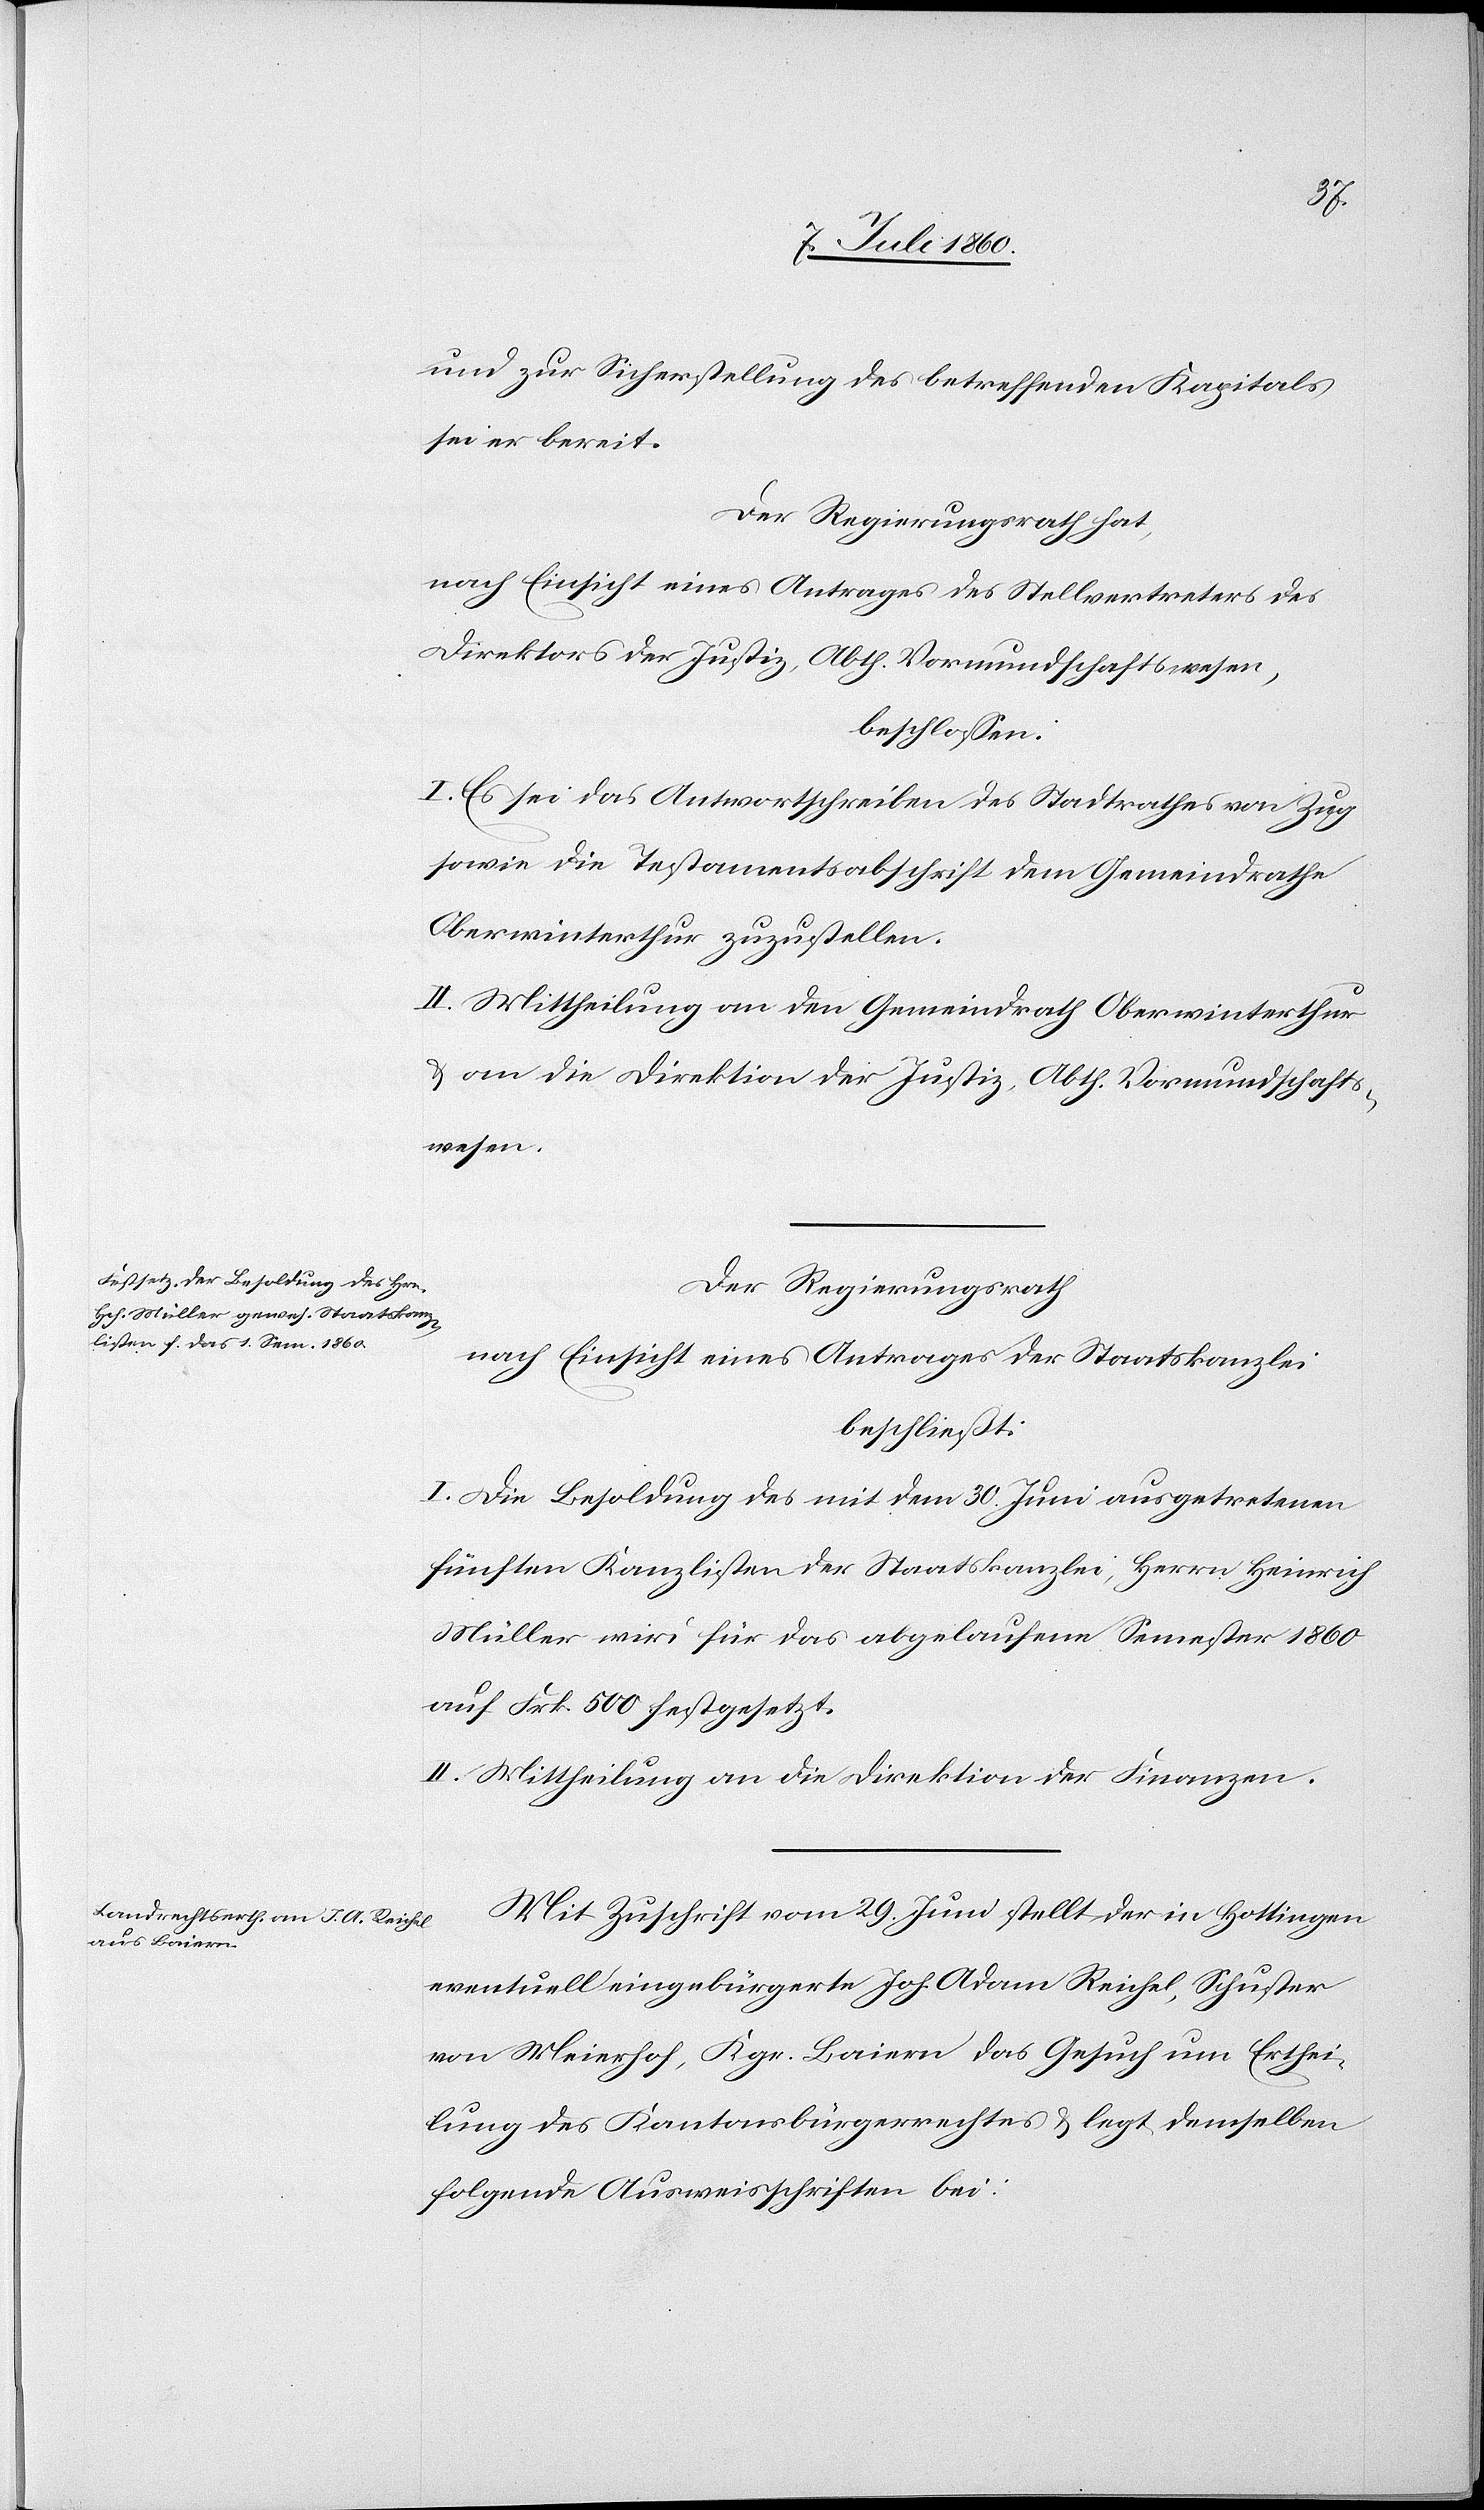
und zur Sicherstellung des betreffenden Kapitals
sei er bereit.
Der Regierungsrath hat,
nach Einsicht eines Antrages des Stellvertreters des
Direktors der Justiz, Abth. Vormundschaftswesen,
beschlossen:
I. Es sei das Antwortschreiben des Stadtrathes von Zug
sowie die Testamentsabschrift dem Gemeindrathe
Oberwinterthur zuzustellen.
II. Mittheilung an den Gemeindrath Oberwinterthur
& an die Direktion der Justiz, Abth. Vormundschafts¬
wesen.
Der Regierungsrath,
nach Einsicht eines Antrages der Staatskanzlei
beschließt:
I. Die Besoldung des mit dem 30. Juni ausgetretenen
fünften Kanzlisten der Staatskanzlei, Herrn Heinrich
Müller wird für das abgelaufene Semester 1860
auf Frk. 500 festgesetzt.
II. Mittheilung an die Direktion der Finanzen.
Mit Zuschrift vom 29. Juni stellt der in Hottingen
eventuell eingebürgerte Joh. Adam Reichel, Schuster
von Meierhof, Kgr. Baiern das Gesuch um Erthei¬
lung des Kantonsbürgerrechtes & legt demselben
folgende Ausweisschriften bei: